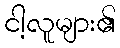
ငါ့လူများ၏